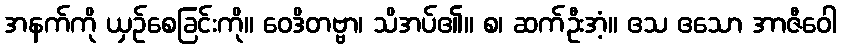
အနက်ကို ယှဉ်စေခြင်းကို။ ဝေဒိတဗ္ဗာ၊ သိအပ်၏။ စ၊ ဆက်ဦးအံ့။ ဧသ ဧသော အာဇီဝေါ